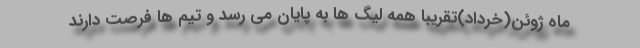
ماه ژوئن(خرداد)تقریبا همه لیگ ها به پایان می رسد و تیم ها فرصت دارند